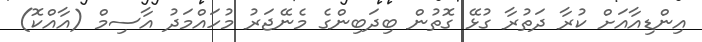
އިންޑިއާއަށް ކުރާ ދަތުރާ ގުޅޭ ގޮތުން ބިދަބިންގެ މެނޭޖަރު މުހައްމަދު އާސިމް (އާއްކޮ)